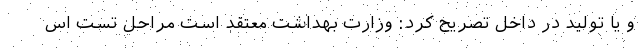
و یا تولید در داخل تصریح کرد: وزارت بهداشت معتقد است مراحل تست اس